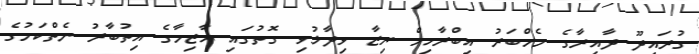
ގުރައިދޫ ދާއިރާގެ މެމްބަރު އިބްރާހިމް ރިޒާ ވިދާޅުވި ގޮތުގައި އާޒިމާގެ އިތުބާރު ނެތްކަމުގެ